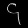
Digit: ၄